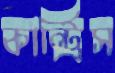
কান্ট্রিস